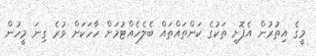
މީގެ އިތުރުން އެފޮށި ތަކުގެ ކަންތައްތައް ބެލެހެއްޓުމަށް ހާހަކަށް ވުރެ ގިނަ މީހުން